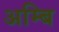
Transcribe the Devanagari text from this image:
अम्बि